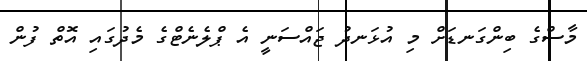
މާސްގެ ބިންގަނޑަށް މި އުޅަނދު ޖައްސަނީ އެ ޕްލެނެޓްގެ މެދުގައި އޮތް ފުން